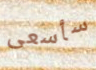
سأسعى